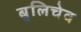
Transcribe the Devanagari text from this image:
बुलिचेव